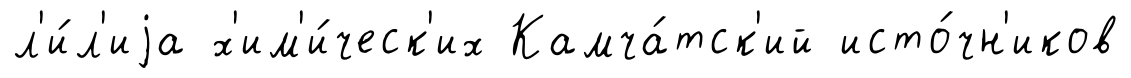
л'и́л'иjа х'им'и́ческ'их Камча́тск'ий исто́чн'иков